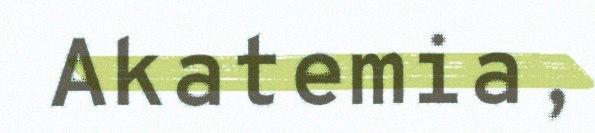
Akatemia,